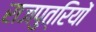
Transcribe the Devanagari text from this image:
राजपुत्रियों